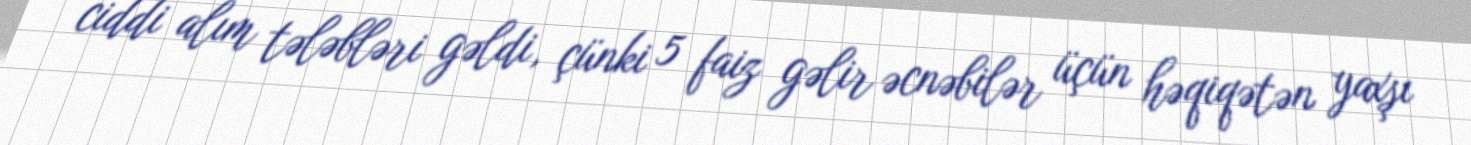
ciddi alım tələbləri gəldi, çünki 5 faiz gəlir əcnəbilər üçün həqiqətən yaxşı